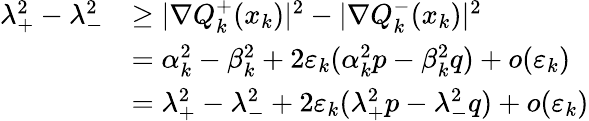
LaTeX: \begin{array}{rl}{\lambda_{+}^{2}-\lambda_{-}^{2}}&{\ge|\nabla Q_{k}^{+}(x_{k})|^{2}-|\nabla Q_{k}^{-}(x_{k})|^{2}}\\ &{=\alpha_{k}^{2}-\beta_{k}^{2}+2\varepsilon_{k}(\alpha_{k}^{2}p-\beta_{k}^{2}q)+o(\varepsilon_{k})}\\ &{=\lambda_{+}^{2}-\lambda_{-}^{2}+2\varepsilon_{k}(\lambda_{+}^{2}p-\lambda_{-}^{2}q)+o(\varepsilon_{k})}\end{array}